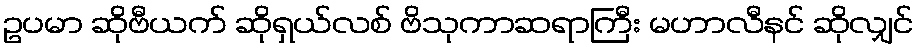
ဥပမာ ဆိုဗီယက် ဆိုရှယ်လစ် ဗိသုကာဆရာကြီး မဟာလီနင် ဆိုလျှင်